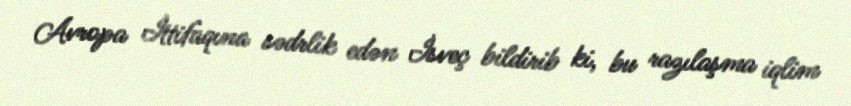
Avropa İttifaqına sədrlik edən İsveç bildirib ki, bu razılaşma iqlim